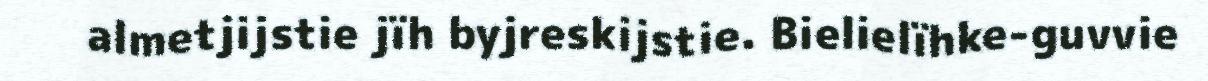
almetjijstie jïh byjreskijstie. Bielielïhke-guvvie